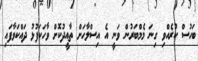
ބަހުސް ކުރެއްވި ގިނަ މެމްބަރުން ވަނީ އެ އިސްލާހަށް ތާއީދުކޮށް ވާހަކަފުޅު ދައްކަވާފައި